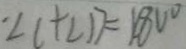
\angle C + \angle D = 1 8 0 ^ { \circ }